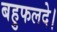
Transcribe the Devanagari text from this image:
बहुफलदे।